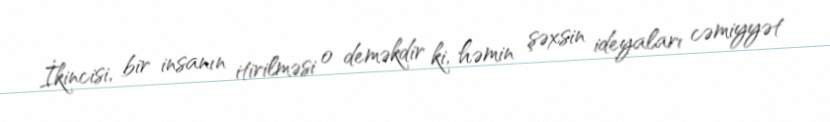
İkincisi, bir insanın itirilməsi o deməkdir ki, həmin şəxsin ideyaları cəmiyyət